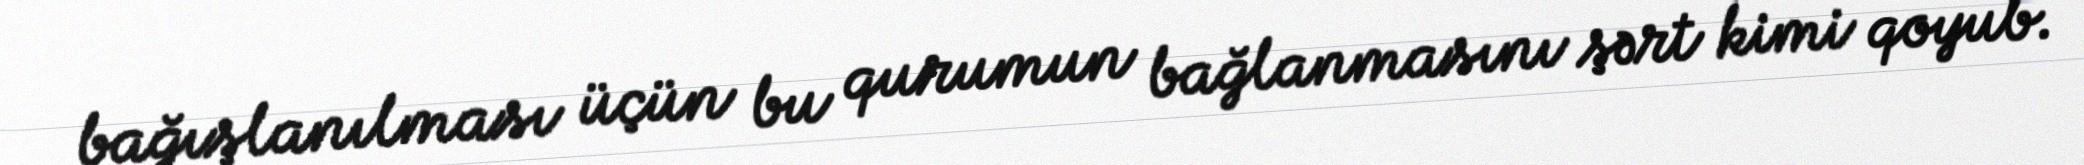
bağışlanılması üçün bu qurumun bağlanmasını şərt kimi qoyub.